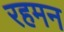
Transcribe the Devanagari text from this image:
रहमन